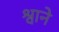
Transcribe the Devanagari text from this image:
श्वाने